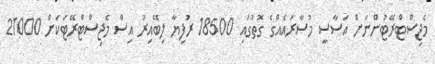
މެޖިސްޓްރޭޓުންނަށް އަސާސީ މުސާރައެއްގެ ގޮތުގައި 18500 ރުފިޔާ ލިބޭއިރު އިސް މެޖިސްޓްރޭޓަކަށް 21000